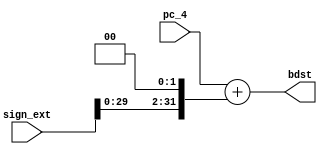
`timescale 1ns / 1ps
//////////////////////////////////////////////////////////////////////////////////
// Company: 
// 
// Design Name: 
// Module Name:    branchAdder 
// Project Name: 
// Target Devices: 
// Tool versions: 
// Description: 
//
// Dependencies: 
//
// Revision: 
// Revision 0.01 - File Created
// Additional Comments: 
//
//////////////////////////////////////////////////////////////////////////////////
module branchAdder(input [31:0] pc_4, input [31:0] sign_ext, output reg [31:0] bdst
    );
	
	wire [31:0] sl2;
	
	assign sl2 = sign_ext << 2;
	always @(*) begin
		bdst <= pc_4 + sl2;
	end

endmodule